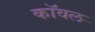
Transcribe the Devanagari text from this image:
कॉवल